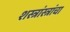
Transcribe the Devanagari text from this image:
शस्त्रांस्त्रांचा